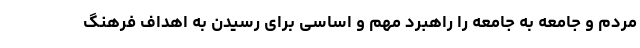
مردم و جامعه به جامعه را راهبرد مهم و اساسی برای رسیدن به اهداف فرهنگ